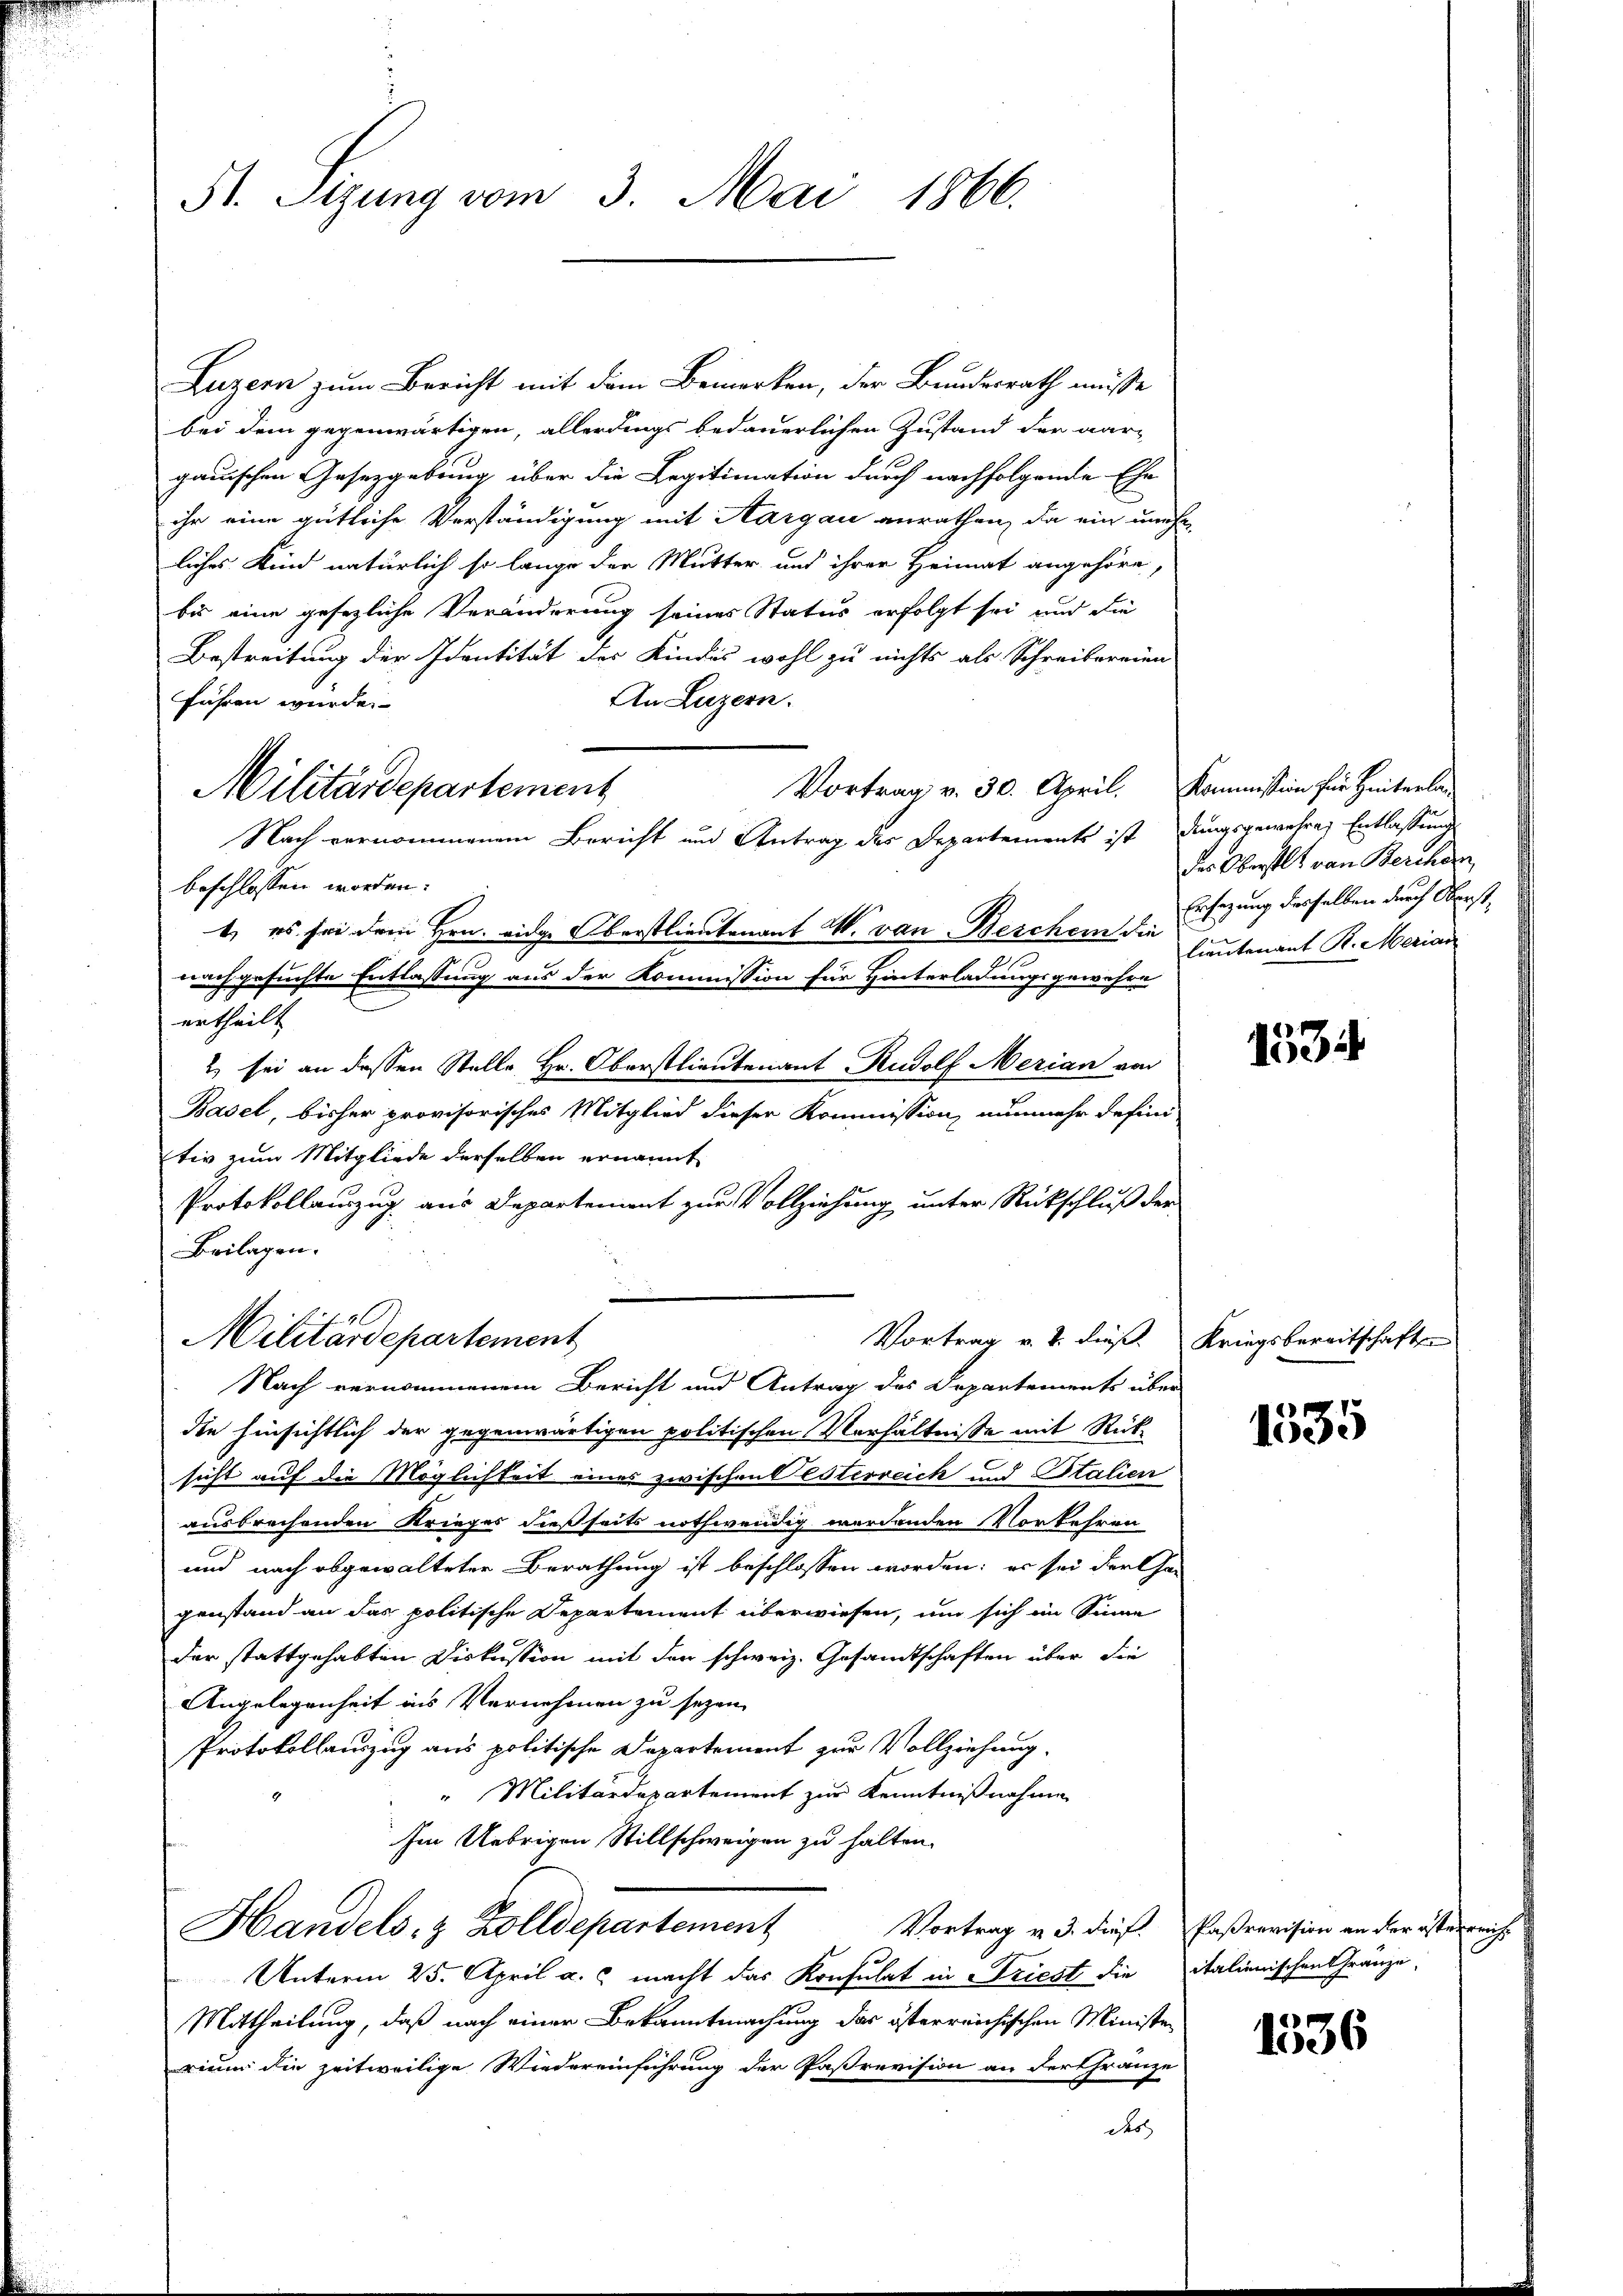
St. Sizung vom 3. Mai 1866.

Luzern zum Bericht mit dem Bemerken, der Bundesrath müsse
bei dem gegenwärtigen, allerdings bedauerlichen Zustand der aargauischen Gesetzgebung über die Legitimation durch nachfolgende Ehe
ihr eine gütliche Verständigung mit Aargau anrathen, da ein unehe
liches Kind natürlich so lange der Mutter und ihrer Heimat angehöre,
bis eine gesezliche Veränderung seines Status erfolgt sei und die
Bestreitung der Identität des Kindes wohl zu nichts als Schreibereien
An Luzern.
führen wurde.
Vortrag v. 30. April. Kommission für Hinterla
Nach vernommenem Bericht und Antrag des Departements ist, dungsgewähren Entlassung
beschlossen worden.
1) es sei dem Hrn. eidge Oberstlieutenant W. von Beschein die
.
nachgesuchte Entlassung aus der Kommission für Hinterladungsgewahre
ertheilt
2) sei an dessen Stelle Hr. Oberstlieutenant Rudolf Merian von
Basel, bisher provisorisches Mitglied dieser Kommission, nunmehr defini
tiv zum Mitgliede derselben ernannt
Protokollauszug aus Departement zur Vollziehung unter Rückschluß der
Beilagen.
Vortrag v. J. dieß.
Militärdepartement
Nach vernommenem Bericht und Antrag des Departements über
die hinsichtlich der gegenwärtigen politischen Verhältnisse mit Rück-
sicht auf die Möglichkeit eines zwischen Esterreich und Stalien
ausbrechenden Krieges dießseits nothwendig werdenden Vorkehren
und nach abgewalteter Berathung ist beschlossen worden; es sei der Chan
genstand an das politische Departement überwiesen, um sich im Sinne
der stattgehabten Diskussion mit den schweiz. Gesamtschaften über die
Angelegenheit ins Vernehmen zu sezen,
Protokollauszug aus politische Departement zur Vollziehung.
" Militärdepartement zur Kenntnißnahme
Im Uebrigen Stillschweigen zu halten.
Handels- & Zolldepartement
Unterm 25. April a. c. macht das Konsulat in Friest die italienischen Gränze
Mittheilung, daß nach einer Bekanntmachung das österreichischen Ministen
rium die zeitweilige Wiedereinführung der Paßrevision an der fränze
do

Militärdepartement

des Oberstl. von Bercher
Ersezung desselben durch Oberst
lieutenant R. Merian

1534

Kriegsbereitschaften

1535

Vortrag v. 3. dies. Paßrevision an der österreich

1536